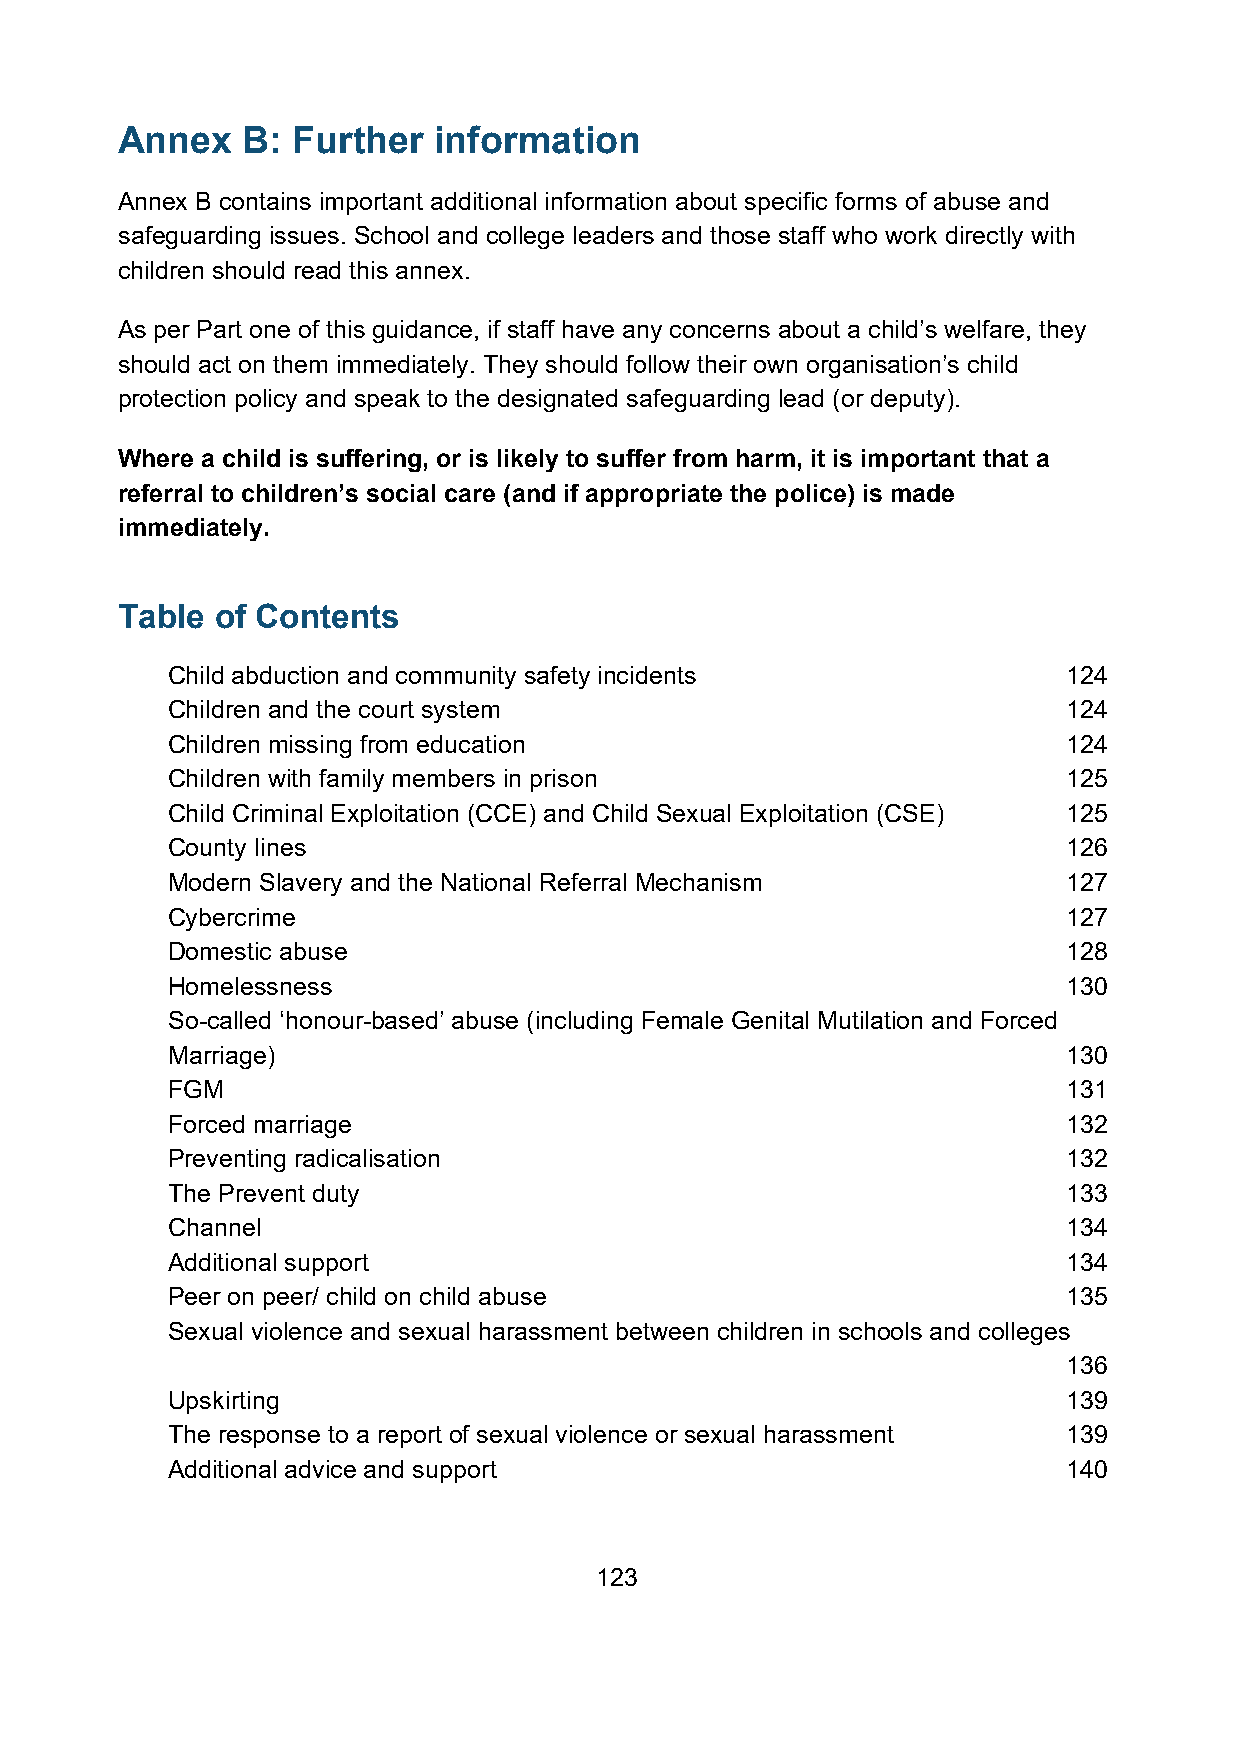
Annex   B: Further   information
 Annex B contains important additional information about specific forms of abuse and
 safeguarding issues. School and college leaders and those staff who work directly with
 children should read this annex.
 As per Part one of this guidance, if staff have any concerns about a child’s welfare, they
 should act on them immediately. They should follow their own organisation’s child
 protection policy and speak to the designated safeguarding lead (or deputy).
 Where a child is suffering, or is likely to suffer from harm, it is important that a
 referral to children’s social care (and if appropriate the police) is made
 immediately.
 Table of Contents
 Child abduction and community safety incidents              124
 Children and the court system                               124
 Children missing from education                             124
 Children with family members in prison                      125
 Child Criminal Exploitation (CCE) and Child Sexual Exploitation (CSE) 125
 County lines                                                126
 Modern Slavery and the National Referral Mechanism          127
 Cybercrime                                                  127
 Domestic abuse                                              128
 Homelessness                                                130
 So-called ‘honour-based’ abuse (including Female Genital Mutilation and Forced
 Marriage)                                                   130
 FGM                                                         131
 Forced marriage                                             132
 Preventing radicalisation                                   132
 The Prevent duty                                            133
 Channel                                                     134
 Additional support                                          134
 Peer on peer/ child on child abuse                          135
 Sexual violence and sexual harassment between children in schools and colleges
 136
 Upskirting                                                  139
 The response to a report of sexual violence or sexual harassment 139
 Additional advice and support                               140
 123